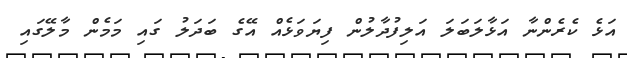
އަޅެ ކެެރެންނާ އަޅާލަބަލަ އަލިފުދާލުން ފިޔަވަޅެއް އޭގެ ބަދަލު ގައި މަމެން މާލޭގައި